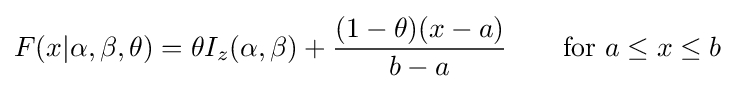
F(x|\alpha ,\beta ,\theta )=\theta I_{z}(\alpha ,\beta )+{\frac {(1-\theta )(x-a)}{b-a}}\quad \quad \mathrm {for} \ a\leq x\leq b